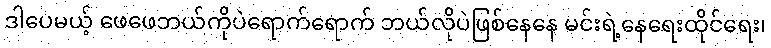
ဒါပေမယ့် ဖေဖေဘယ်ကိုပဲရောက်ရောက် ဘယ်လိုပဲဖြစ်နေနေ မင်းရဲ့နေရေးထိုင်ရေး၊